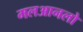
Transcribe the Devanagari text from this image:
मलआनलो